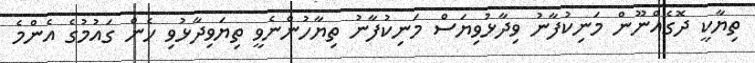
ތިޔާކީ ދޮގެއްނޫން މަނިކުފާނު ވިދާޅުވިޔަސް މަނިކުފާނު ތިޔާހުންނެވީ ތިޔަވިދާޅުވި ހެން ގައުމުގެ އެންމެ